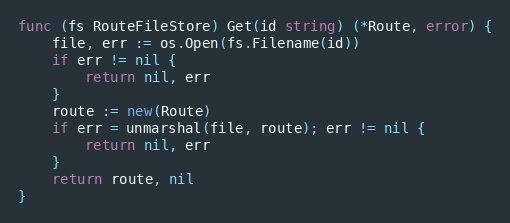
Language: Go
func (fs RouteFileStore) Get(id string) (*Route, error) {
	file, err := os.Open(fs.Filename(id))
	if err != nil {
		return nil, err
	}
	route := new(Route)
	if err = unmarshal(file, route); err != nil {
		return nil, err
	}
	return route, nil
}